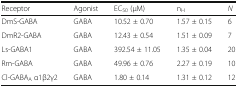
<table><thead><tr><td><b>Receptor</b></td><td><b>Agonist</b></td><td><b>EC<sub>50</sub> (μM)</b></td><td><b>n<sub>H</sub></b></td><td><b><i>N</i></b></td></tr></thead><tbody><tr><td>DmS-GABA</td><td>GABA</td><td>10.52 ± 0.70</td><td>1.57 ± 0.15</td><td>6</td></tr><tr><td>DmR2-GABA</td><td>GABA</td><td>12.43 ± 0.54</td><td>1.51 ± 0.09</td><td>7</td></tr><tr><td>Ls-GABA1</td><td>GABA</td><td>392.54 ± 11.05</td><td>1.35 ± 0.04</td><td>20</td></tr><tr><td>Rm-GABA</td><td>GABA</td><td>49.96 ± 0.76</td><td>2.27 ± 0.19</td><td>10</td></tr><tr><td>Cl-GABA<sub>A</sub> α1β2γ2</td><td>GABA</td><td>1.80 ± 0.14</td><td>1.31 ± 0.12</td><td>12</td></tr></tbody></table>